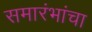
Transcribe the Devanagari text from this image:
समारंभांचा